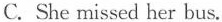
C. She missed her bus.